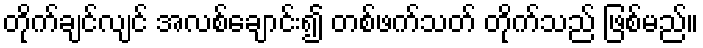
တိုက်ချင်လျင် အလစ်ချောင်း၍ တစ်ဖက်သတ် တိုက်သည် ဖြစ်မည်။